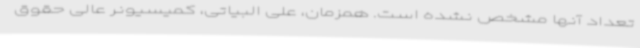
تعداد آنها مشخص نشده است. همزمان، علی البیاتی، کمیسیونر عالی حقوق